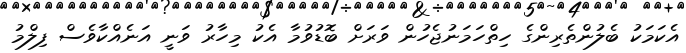
އެކަމަކު ބެލުންތެރިންގެ ހިތްހަމަނުޖެހުން ވަރަށް ބޮޑުވުމާ އެކު މިހާރު ވަނީ އަނެއްކާވެސް ފިލްމު